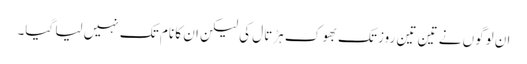
ان لوگوں نے تین تین روز تک بھوک ہڑتال کی لیکن ان کا نام تک نہیں لیا گیا۔